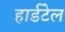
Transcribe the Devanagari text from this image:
हार्डटेल